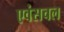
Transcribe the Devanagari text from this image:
एवंसचल